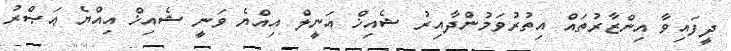
ދީފައިވާ އިންޒާރުތައް އިތުރުވަމުންދާއިރު ޝެއިޚް އަނީލް އިއްޔެ ވަނީ ޝެއިޚް އިއްޔެ ޢަޞްރު